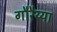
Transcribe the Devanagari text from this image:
गौरैय्या